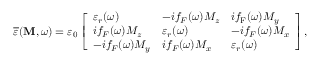
\overline { { \varepsilon } } ( \mathbf { M } , \omega ) = \varepsilon _ { 0 } \left[ \begin{array} { l l l } { \varepsilon _ { r } ( \omega ) } & { - i f _ { { F } } ( \omega ) M _ { z } } & { i f _ { \mathrm { F } } ( \omega ) M _ { y } } \\ { i f _ { { F } } ( \omega ) M _ { z } } & { \varepsilon _ { r } ( \omega ) } & { - i f _ { { F } } ( \omega ) M _ { x } } \\ { - i f _ { { F } } ( \omega ) M _ { y } } & { i f _ { { F } } ( \omega ) M _ { x } } & { \varepsilon _ { r } ( \omega ) } \end{array} \right] ,